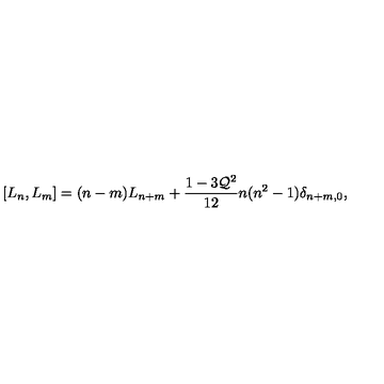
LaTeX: [ L _ { n } , L _ { m } ] = ( n - m ) L _ { n + m } + \frac { 1 - 3 { \cal Q } ^ { 2 } } { 1 2 } n ( n ^ { 2 } - 1 ) \delta _ { n + m , 0 } ,